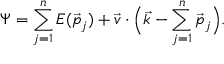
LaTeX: \Psi = \sum _ { j = 1 } ^ { n } { \cal E } ( \vec { p } _ { j } ) + \vec { v } \cdot \Big ( \vec { k } - \sum _ { j = 1 } ^ { n } \vec { p } _ { j } \Big ) .